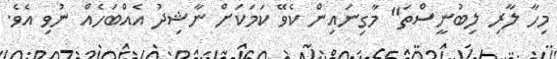
މިހާ ލާރި ލިބުނީސްތަ" މާގިނައިން ކެވޭ ކަމަކަށް ނާޝިދު އެއްބަހެއް ނުވި އެވެ.